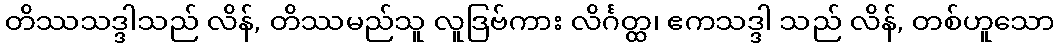
တိဿသဒ္ဒါသည် လိန်, တိဿမည်သူ လူဒြဗ်ကား လိင်္ဂတ္ထ၊ ဧကသဒ္ဒါ သည် လိန်, တစ်ဟူသော